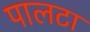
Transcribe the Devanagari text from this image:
पालटा